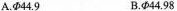
A.Φ44.9 B.Φ44.98